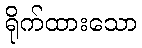
ရိုက်ထားသော